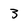
Character: 3